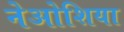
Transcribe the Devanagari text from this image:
नेओशिया